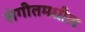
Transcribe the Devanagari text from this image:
संगीतमधील